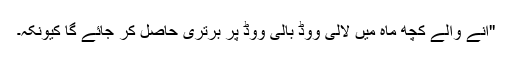
''آنے والے کچھ ماہ میں لالی ووڈ بالی ووڈ پر برتری حاصل کر جائے گا کیونکہ۔